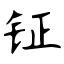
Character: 钲